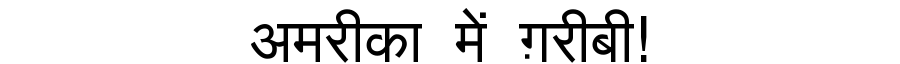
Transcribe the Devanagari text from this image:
अमरीका में ग़रीबी!